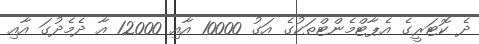
ދެ ކޮޓަރީގެ އެޕާޓްމެންޓްތަކުގެ އަގު 10000 އާއި 12000 އާ ދެމެދުގަ އާއި